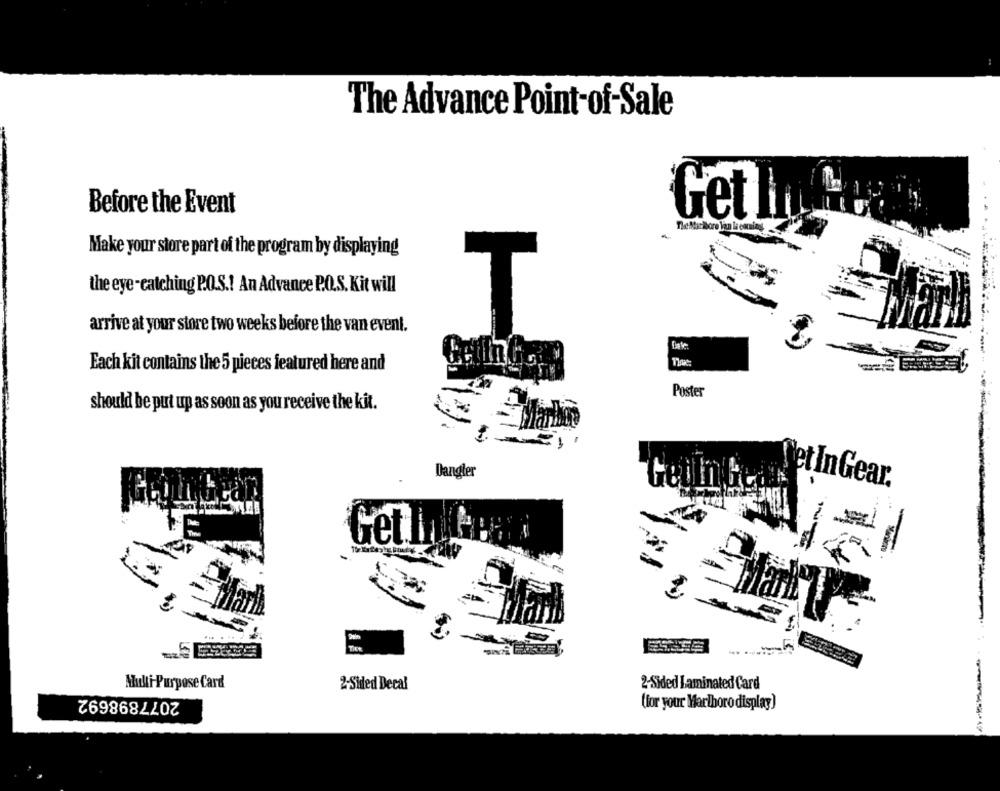
The Advance Point-of-Sale
Before the Event
Get
The Marlboro Van lowmind
Make your store part of the program by displaying
the eye -catching P.O.S .! An Advance P.O.S. Kit will
arrive at your store two weeks before the van event.
T
Each kit contains the 5 pieces featured here and
Poster
should be put up as soon as you receive the kit.
Dangler
et In Gear.
Getin Pees
Tire
Multi-Purpose Card
2-Sided Decal
2-Sided Laminated Card
2077898692
(for your Marlboro display)